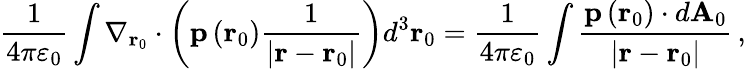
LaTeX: {\frac{1}{4\pi\varepsilon_{0}}}\int\nabla_{\mathbf{r}_{0}}\cdot\left(\mathbf{p}\left(\mathbf{r}_{0}\right){\frac{1}{\left|\mathbf{r}-\mathbf{r}_{0}\right|}}\right)d^{3}\mathbf{r}_{0}={\frac{1}{4\pi\varepsilon_{0}}}\int{\frac{\mathbf{p}\left(\mathbf{r}_{0}\right)\cdot d\mathbf{A}_{0}}{\left|\mathbf{r}-\mathbf{r}_{0}\right|}}\, ,